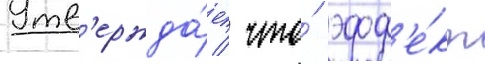
Утв'ержда́ет / что́ эфф'е́кт